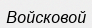
Войсковой